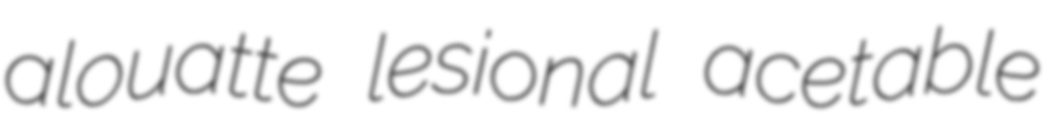
alouatte lesional acetable